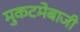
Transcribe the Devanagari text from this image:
मुकटमेबाजी